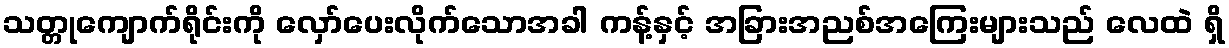
သတ္တုကျောက်ရိုင်းကို လှော်ပေးလိုက်သောအခါ ကန့်နှင့် အခြားအညစ်အကြေးများသည် လေထဲ ရှိ